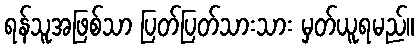
ရန်သူအဖြစ်သာ ပြတ်ပြတ်သားသား မှတ်ယူရမည်။